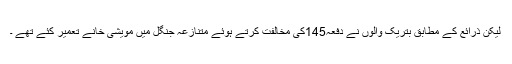
لیکن ذرائع کے مطابق بتریک والوں نے دفعہ145کی مخالفت کرتے ہوئے متنازعہ جنگل میں مویشی خانے تعمیر کئے تھے ۔